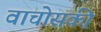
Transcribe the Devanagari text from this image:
वाचोसकी